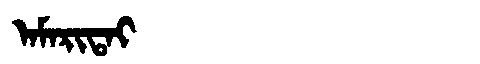
Manchu: ᠠᠮᠠᡵᡳᡨᠠᡳ
Romanization: AMARITAI